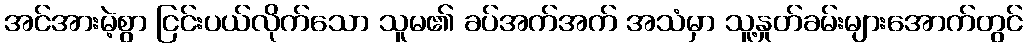
အင်အားမဲ့စွာ ငြင်းပယ်လိုက်သော သူမ၏ ခပ်အက်အက် အသံမှာ သူ့နှုတ်ခမ်းများအောက်တွင်